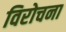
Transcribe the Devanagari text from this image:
विरोचना